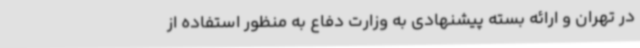
در تهران و ارائه بسته پیشنهادی به وزارت دفاع به منظور استفاده از